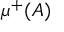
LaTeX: \mu ^ { + } ( A )